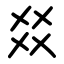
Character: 㸚